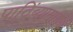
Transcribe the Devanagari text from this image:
पाठिंब्यामागची